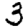
Digit: 3